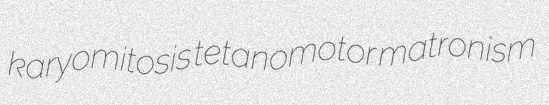
karyomitosis tetanomotor matronism